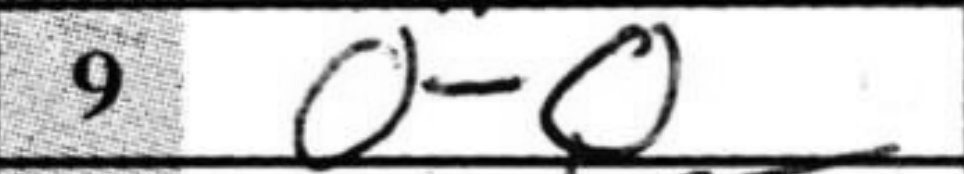
Transcription: O-O